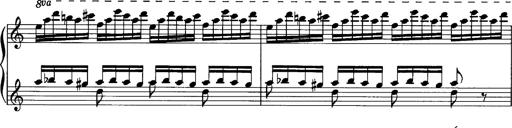
Title: La romanesca
Composer: Franz Liszt